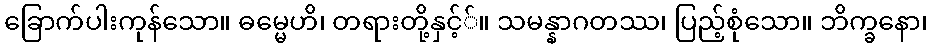
ခြောက်ပါးကုန်သော။ ဓမ္မေဟိ၊ တရားတို့နှင့််။ သမန္နာဂတဿ၊ ပြည့်စုံသော။ ဘိက္ခနော၊